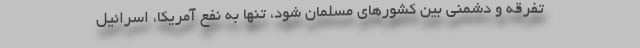
تفرقه و دشمنی بین کشورهای مسلمان شود، تنها به نفع آمریکا، اسرائیل